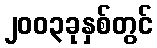
၂၀၀၃ခုနှစ်တွင်